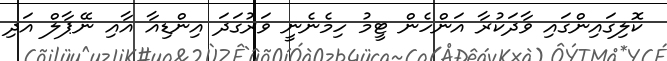
ކޮލިގައިންގައި ވާދަކުރާ އަންހެން ޓީމު ހިމެނެނީ ވަރުގަދަ އިންޑިއާ އާއި ނޭޕާލް އަދި